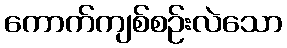
ကောက်ကျစ်စဉ်းလဲသော